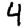
Digit: 4